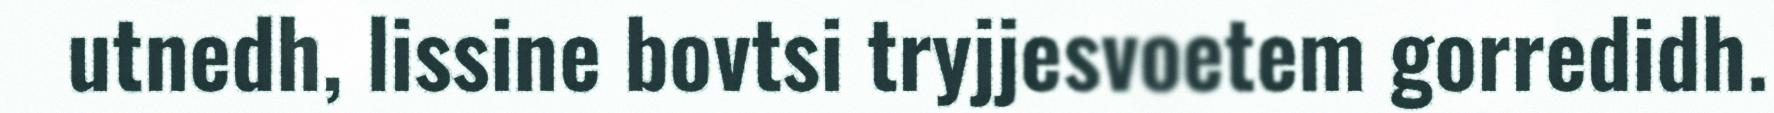
utnedh, lissine bovtsi tryjjesvoetem gorredidh.